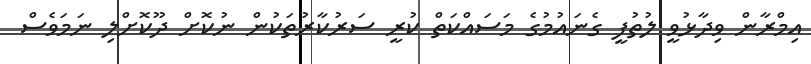
އިމްރާން ވިދާޅުވީ ލުތުފީ ގެނައުމުގެ މަސައްކަތް ކުރީ ސަރުކާރުތަކުން ނުކޮށް ދޫކޮށްލި ނަމަވެސް